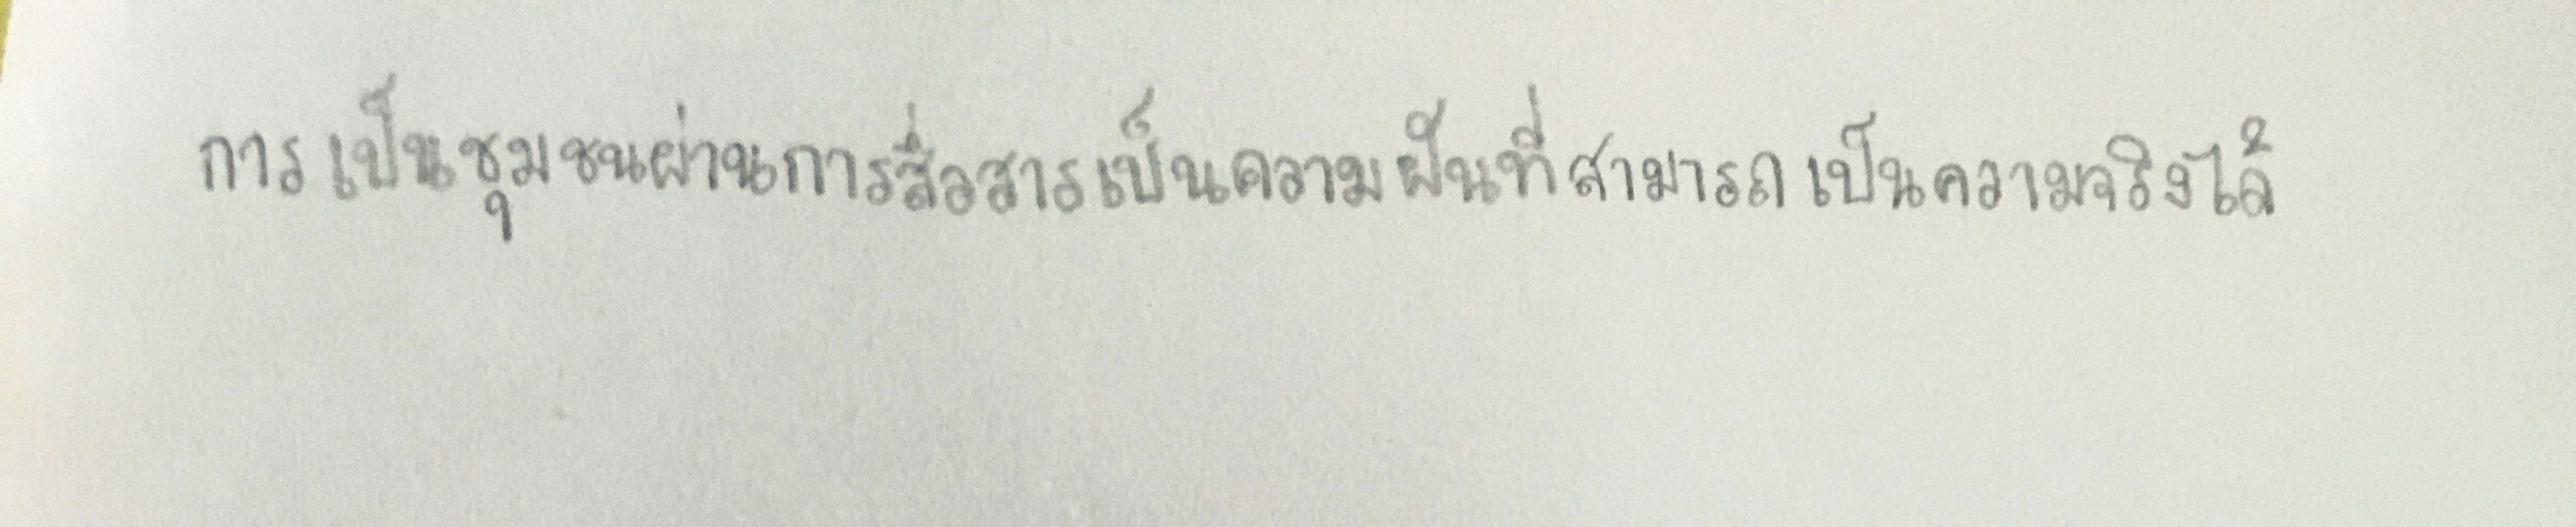
การเป็นชุมชนผ่านการสื่อสารเป็นความฝันที่สามารถเป็นความจริงได้